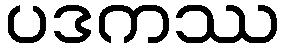
ပဒကဿ